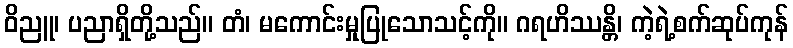
ဝိညူ၊ ပညာရှိတို့သည်။ တံ၊ မကောင်းမှုပြုသောသင့်ကို။ ဂရဟိဿန္တိ၊ ကဲ့ရဲ့စက်ဆုပ်ကုန်